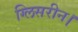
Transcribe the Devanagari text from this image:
ग्लिसरीन।